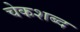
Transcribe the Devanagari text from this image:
चेकशब्द